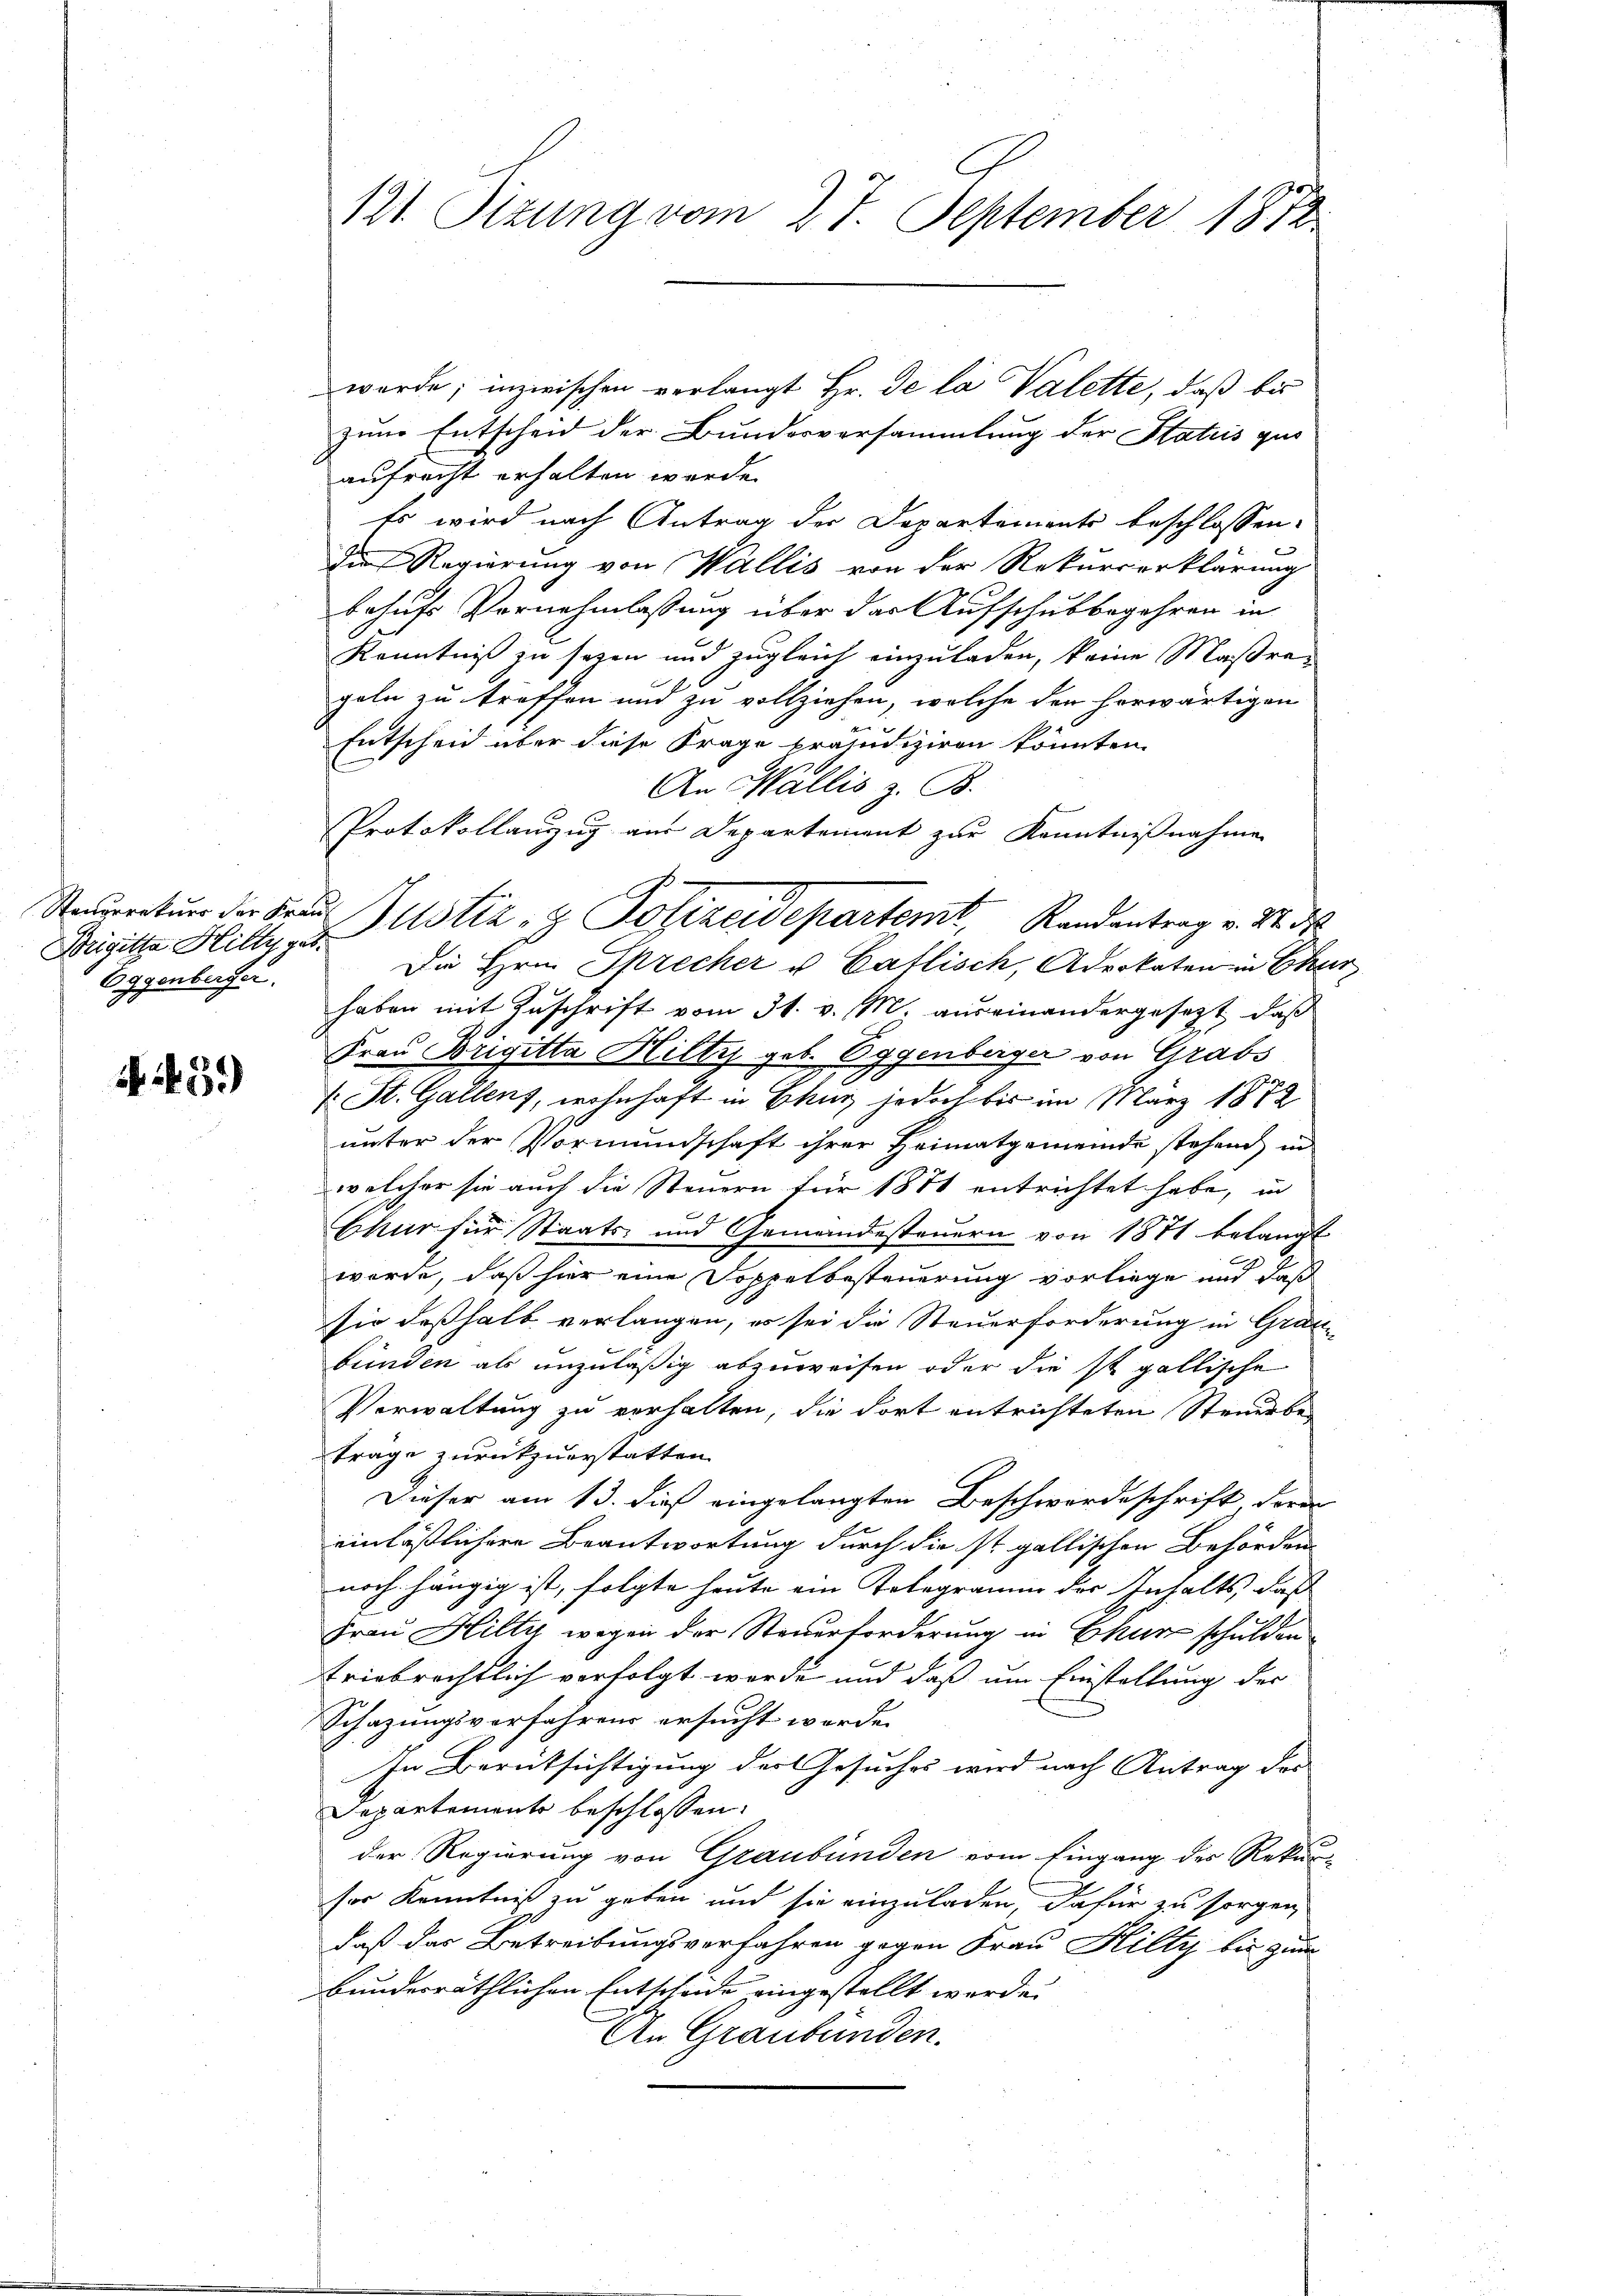
Brigitta Hilty geb.
Eggenberger.

499)

121. Sizung vom 27. September 1872

werde; inzwischen verlangt Hr. De la Valette, daß bis
zum Entscheid der Bundesversammlung der Statuis gut
aufrecht erhalten werde.
Es wird nach Antrag der Departements beschlossen:
die Regierung von Wallis von der Rekurserklärung
behufs Vornehmlassung über das Aufschubbegehren in
Kenntniß zu seyen und zugleich einzuladen, keine Maßregeln zu treffen und zu vollziehen, welche den herwärtigen
Entscheid über diese Frage präjudiziren könnten.
An Wallis z. B.
Protokollanzug aus Departement zur Kenntnißnahmen
Die Hrn. Sprecher u. Caflisch, Advokaten in Chur
haben mit Zuschrift vom 31. v. M. auseinandergesezt, daß
90.
Frau Brigitta Hilty geb. Eggenberger von Grabs
. St. Gallens, wohnhaft in Ekur jedoch bis im März 1872
unter der Vormundschaft ihrer Heimatgemeinde stehend in
welcher sie auch die Steuern für 1871 entrichtet habe, in
Chur für Staats- und Gemeindesteuern von 1871 belangt
2
werde, daß hier eine Doppelbesteuerung vorliege und daß
sio deßhalb verlangen, es sei die Steuerforderung in Graubünden als unzuläßig abzuweisen oder die ist gallische
Verwaltung zu verhalten, die dort entrichteten Steuerbe-
träge zurückzuerstatten.
Dieser am 13. dieß eingelangten Beschwordeschrift der
einlässlichere Beantwortung durch die ist gallischen Behörden
noch hängig ist, folgte heute ein Telegramm der Inhalts, daß
Frau Hilty wegen der Steuerforderung in Ekur schulden
triebrechtlich verfolgt werde und daß um Einstellung des
Schazungsverfahrens ersucht werde.
In Berüksichtigung der Gesuches wird nach Antrag des
Departements beschlossen:
der Regierung von Graubünden vom Eingang des Rekur-
sor Kenntniß zu geben und sie einzuladen, dafür zu sorgen
daß der Betreibungsverfahren gegen Frau Hilty bis zum
bauderräthlichen Entscheide eingestellt werde.
An Graubünden.

Neuratur der Frau Justiz- & Polizeidepartemt, Randantrag v. 22. d.